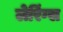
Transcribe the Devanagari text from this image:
लेरिंग्स